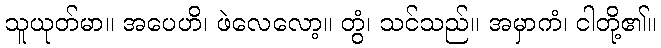
သူယုတ်မာ။ အပေဟိ၊ ဖဲလေလော့။ တွံ၊ သင်သည်။ အမှာကံ၊ ငါတို့၏။